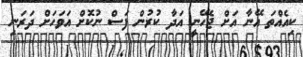
ކިއެއްތަ އޭނާ އަށް ޖެހޭނީ އަދާ ކުރުން ފަސް ނުކޮށް އަވަހަށް ދަރަނި